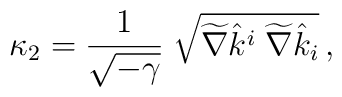
\kappa_2 = {1 \over \sqrt{-\gamma}} \; \sqrt{\widetilde\nabla \hat{k}^i \; \widetilde\nabla\hat{k}_i }\,,